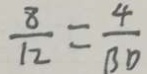
\frac { 8 } { 1 2 } = \frac { 4 } { 3 0 }